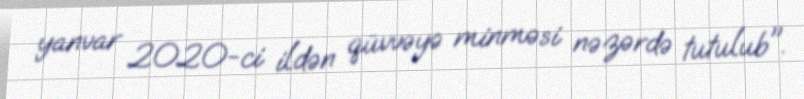
yanvar 2020-ci ildən qüvvəyə minməsi nəzərdə tutulub".